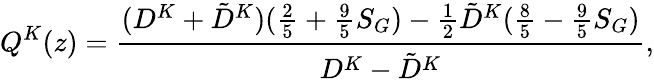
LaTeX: Q^{K}(z)=\frac{(D^{K}+\tilde{D}^{K})(\frac{2}{5}+\frac{9}{5}S_{G})-\frac{1}{2}\tilde{D}^{K}(\frac{8}{5}-\frac{9}{5}S_{G})}{D^{K}-\tilde{D}^{K}},